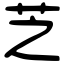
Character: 芝